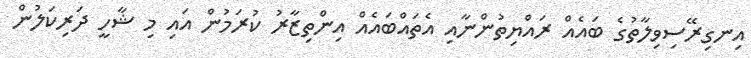
އިނގިރޭސިވިލާތުގެ ބައެއް ރައްޔިތުންނާއި އެތައްބައެއް އިންތިޒާރު ކުރަމުން އައި މި ޝާހީ ދަރިކަލުން